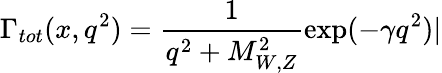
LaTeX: \Gamma_{tot}(x,q^{2})=\frac{1}{q^{2}+M_{W,Z}^{2}}\exp(-\gamma q^{2})|